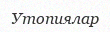
Утопиялар